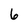
Character: 6